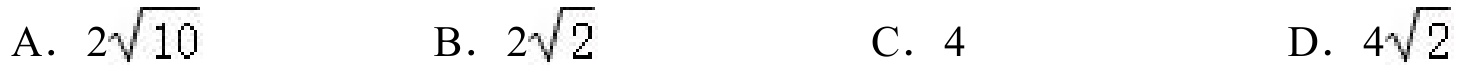
A. \(2\sqrt{10}\)
B. \(2\sqrt{2}\)
C. \(4\)
D. \(4\sqrt{2}\)